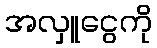
အလှူငွေကို